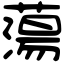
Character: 蕩